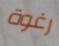
رغوة